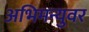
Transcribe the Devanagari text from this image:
अभिमन्युवर